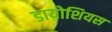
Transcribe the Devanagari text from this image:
डायोशियस